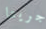
جريتا